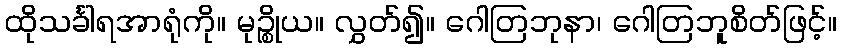
ထိုသင်္ခါရအာရုံကို။ မုဉ္စိုယ။ လွှတ်၍။ ဂေါတြဘုနာ၊ ဂေါတြဘူစိတ်ဖြင့်။